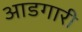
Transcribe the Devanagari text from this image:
आडगारी